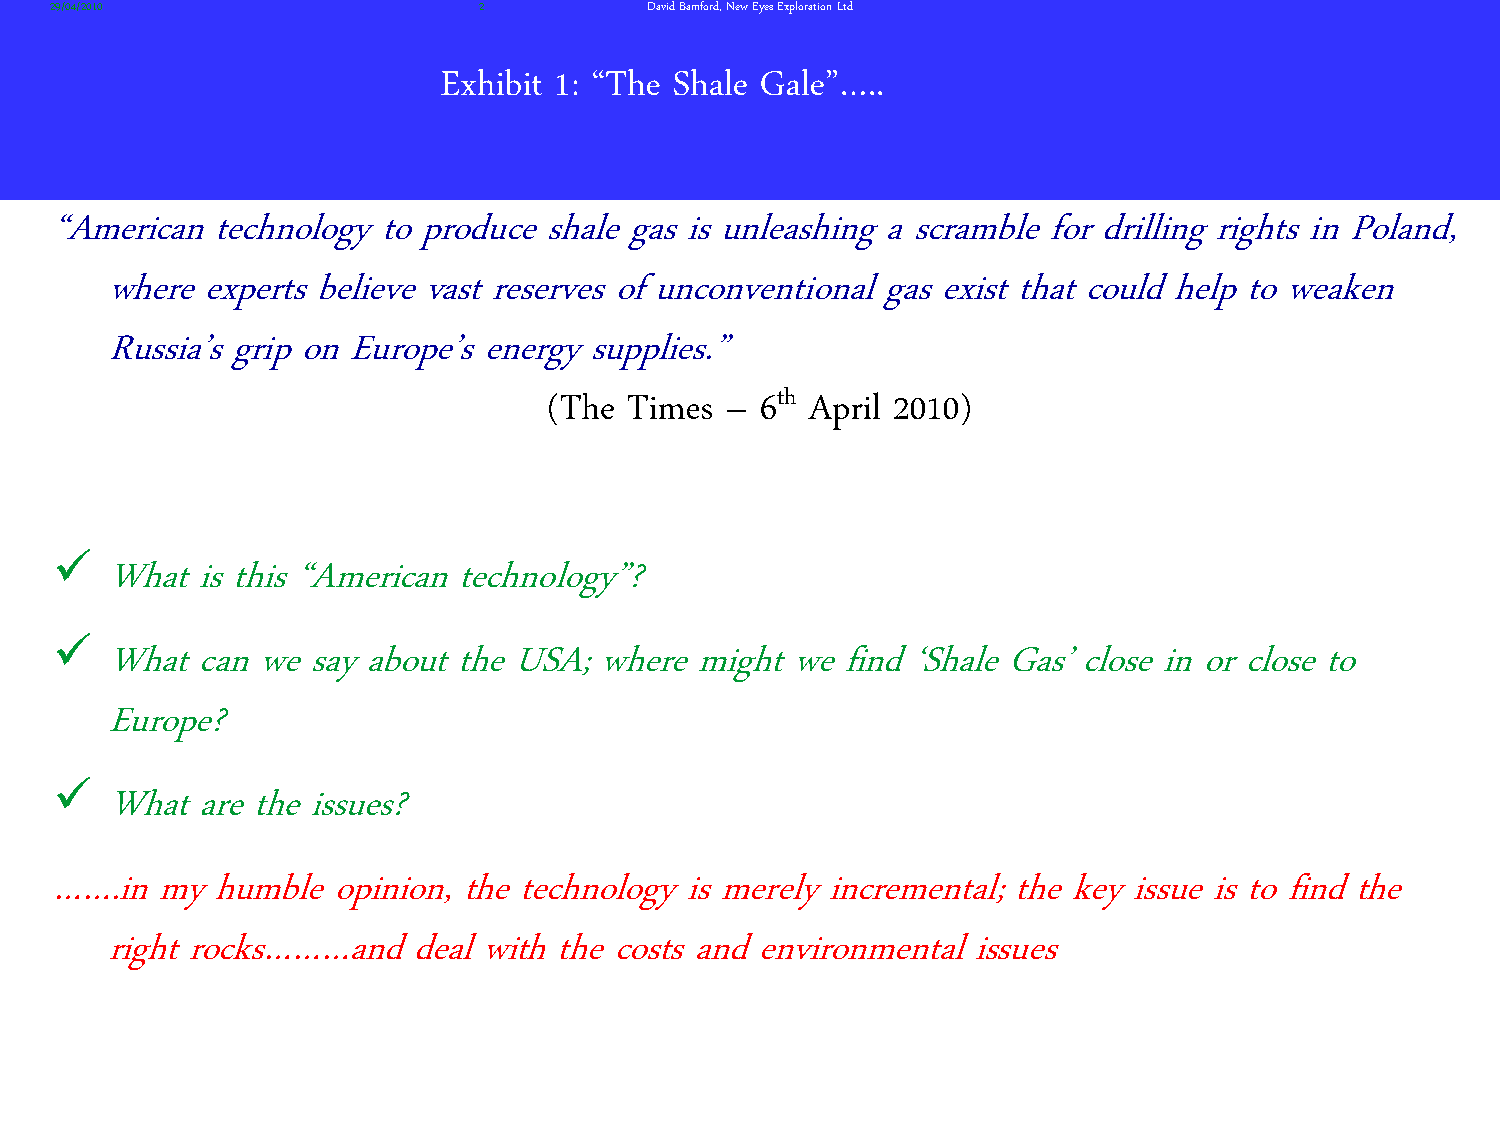
29/04/2010                   2          David Bamford, New Eyes Exploration Ltd
 Exhibit 1: ‚The Shale Gale‛…..
 ‚American  technology to produce shale gas is unleashing a scramble for drilling rights in Poland,
 where experts believe vast reserves of unconventional gas exist that could help to weaken
 Russia’s grip on Europe’s energy supplies.‛
 th
 (The  Times – 6   April 2010)
 
 What is this ‚American technology‛?
 
 What can we  say about the USA; where  might we find ‘Shale Gas’ close in or close to
 Europe?
 
 What are the issues?
 …….in  my  humble opinion, the technology is merely incremental; the key issue is to find the
 right rocks………and   deal with the costs and environmental issues